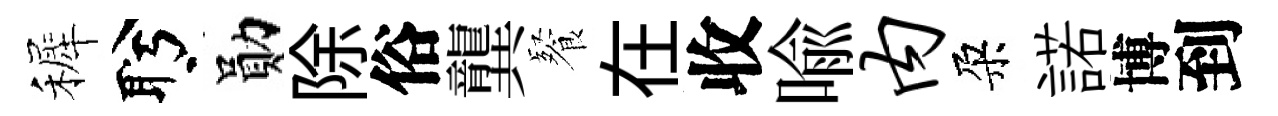
裤盻勛除俗龔餐在收喩内朶諾博到